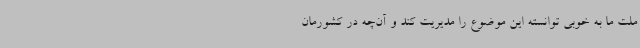
ملت ما به خوبی توانسته این موضوع را مدیریت کند و آن‌چه در کشورمان